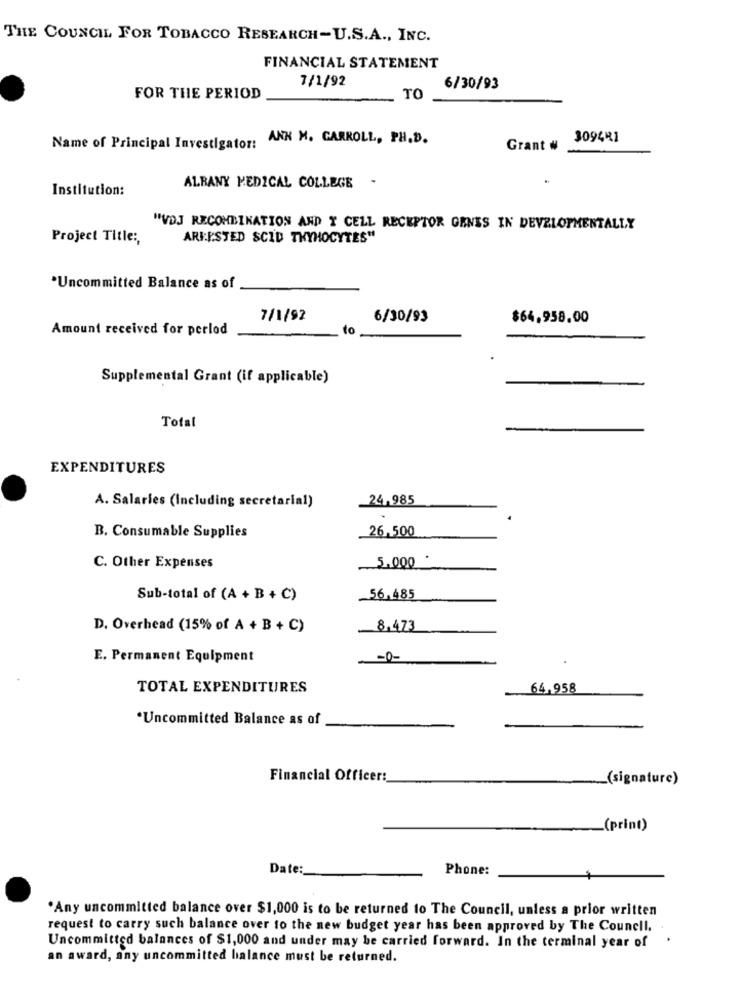
THE COUNCIL FOR TOBACCO RESEARCH-U.S.A ., INC.
FINANCIAL STATEMENT
7/1/92
6/30/93
FOR THE PERIOD
TO
ANN M. CARROLL, PH.D.
309481
Name of Principal Investigator:
Grant #
Institution:
ALBANY MEDICAL COLLEGE -
"VDJ RECOMBINATION AND T CELL RECEPTOR GENES IN DEVELOPMENTALLY
Project Title :,
ARIESTED SCID THYHOCYTES"
*Uncommitted Balance as of
7/1/92
6/30/93
$64.958.00
Amount received for perlod
to
Supplemental Grant (if applicable)
Total
EXPENDITURES
A. Salaries (Including secretarial)
24,985
B. Consumable Supplies
26.500
5.000 ·
C. Other Expenses
Sub-total of (A + B + C)
56.485
D. Overhead (15% of A + B + C)
8,473
E. Permanent Equipment
-0-
TOTAL EXPENDITURES
64,958
*Uncommitted Balance as of
Financial Officer:
_(signature)
(print)
Date:
Phone:
.Any uncommitted balance over $1,000 is to be returned to The Council, unless a prior written
request to carry such balance over to the new budget year has been approved by The Council.
Uncommitted balances of $1,000 and under may be carried forward. In the terminal year of
an award, any uncommitted balance must be returned.